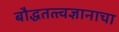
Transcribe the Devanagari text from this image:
बौद्धतत्त्वज्ञानाचा